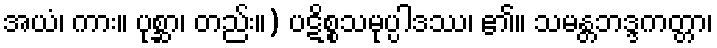
အယံ၊ ကား။ ပုစ္ဆာ၊ တည်း။) ပဋိစ္စသမုပ္ပါဒဿ၊ ၏။ သမန္တဘဒ္ဒကတ္တာ၊